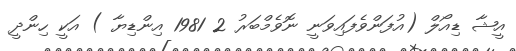
އީޝާ ޑިއޯލް (އުފަންވެފައިވަނީ ނޮވެމްބަރު 2 1981 އިންޑިޔާ ) އަކީ ހިންދީ